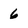
Character: 6